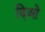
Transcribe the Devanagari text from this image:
दिओ